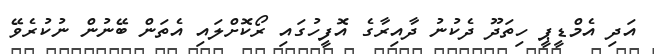
އަދި އެމްޑީޕީ ހިތަދޫ ދެކުނު ދާއިރާގެ އޮފީހުގައި ރޯކޮށްލައި އެތަން ބޭނުން ނުކުރެވޭ